Vaccination in the Punjab 1883-1896 - 1883-1896
Year: 1883
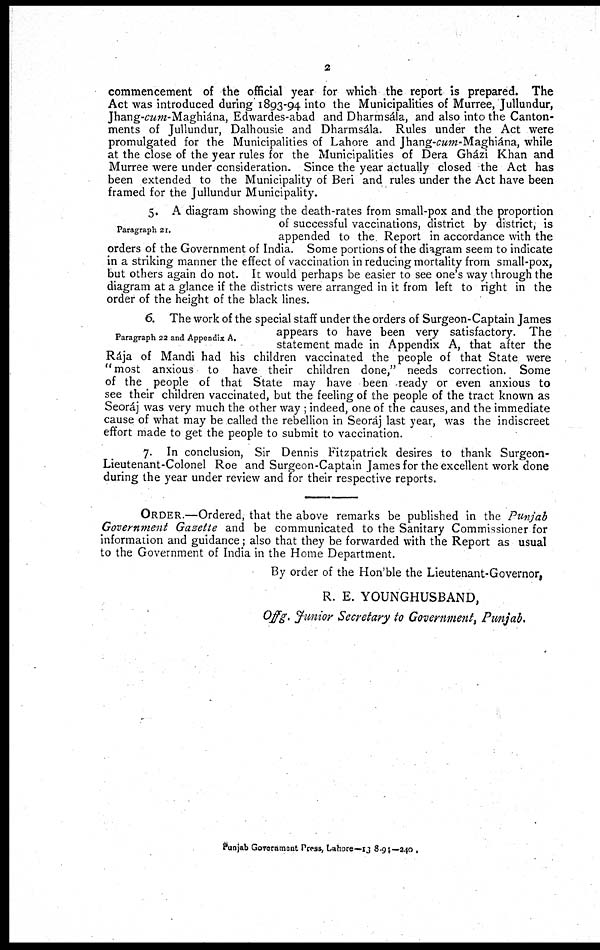
2
commencement of the official year for which the report is prepared. The
Act was introduced during 1893-94 into the Municipalities of Murree, Jullundur,
Jhang-cum-Maghiána, Edwardes-abad and Dharmsála, and also into the Canton-
ments of Jullundur, Dalhousie and Dharmsála. Rules under the Act were
promulgated for the Municipalities of Lahore and Jhang-cum-Maghiána, while
at the close of the year rules for the Municipalities of Dera Gházi Khan and
Murree were under consideration. Since the year actually closed the Act has
been extended to the Municipality of Beri and rules under the Act have been
framed for the Jullundur Municipality.
Paragraph 21.
5. A diagram showing the death-rates from small-pox and the proportion
of successful vaccinations, district by district, is
appended to the Report in accordance with the
orders of the Government of India. Some portions of the diagram seem to indicate
in a striking manner the effect of vaccination in reducing mortality from small-pox,
but others again do not. It would perhaps be easier to see one's way through the
diagram at a glance if the districts were arranged in it from left to right in the
order of the height of the black lines.
Paragraph 22 and Appendix A.
6. The work of the special staff under the orders of Surgeon-Captain James
appears to have been very satisfactory. The
statement made in Appendix A, that after the
Rája of Mandi had his children vaccinated the people of that State were
"most anxious to have their children done," needs correction. Some
of the people of that State may have been ready or even anxious to
see their children vaccinated, but the feeling of the people of the tract known as
Seoráj was very much the other way; indeed, one of the causes, and the immediate
cause of what may be called the rebellion in Seoráj last year, was the indiscreet
effort made to get the people to submit to vaccination.
7. In conclusion, Sir Dennis Fitzpatrick desires to thank Surgeon-
Lieutenant-Colonel Roe and Surgeon-Captain James for the excellent work done
during the year under review and for their respective reports.
ORDER.— Ordered, that the above remarks be published in the Punjab
Government Gazette and be communicated to the Sanitary Commissioner for
information and guidance; also that they be forwarded with the Report as usual
to the Government of India in the Home Department.
By order of the Hon'ble the Lieutenant-Governor,
R. E. YOUNGHUSBAND,
Offg. Junior Secretary to Government, Punjab.
Punjab Government Press, Lahore— 13-8-94—240.